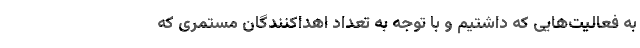
به فعالیت‌هایی که داشتیم و با توجه به تعداد اهداکنندگان مستمری که